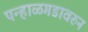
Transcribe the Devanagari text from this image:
पन्हाळगडावरुन